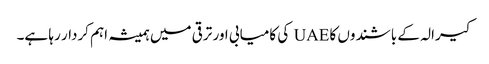
کیرالہ کے باشندوں کا UAE کی کامیابی اور ترقی میں ہمیشہ اہم کردار رہا ہے۔